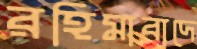
রহিমাবাদে